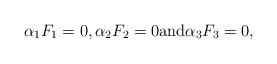
LaTeX: \begin{align*}\begin{array}{llll}\alpha_1 F_1 = 0, \alpha_2 F_2 = 0 \mbox{and} \alpha_3 F_3 = 0,\end{array}\end{align*}